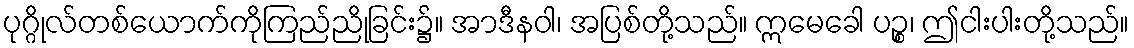
ပုဂ္ဂိုလ်တစ်ယောက်ကိုကြည်ညိုခြင်း၌။ အာဒီနဝါ၊ အပြစ်တို့သည်။ ဣမေခေါ ပဉ္စ၊ ဤငါးပါးတို့သည်။